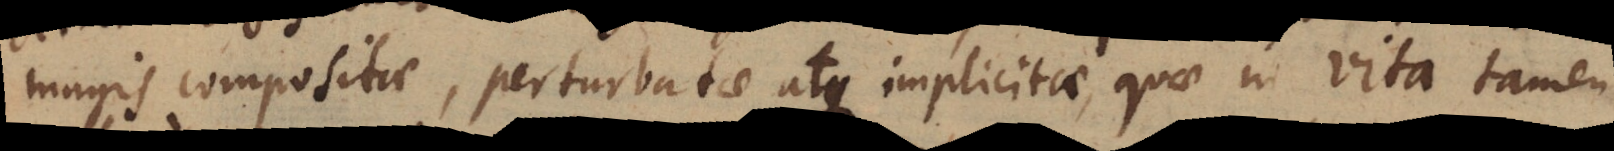
magis compositae, perturbatae atque implicitae, quae in vita tamen